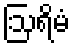
ဩရိမံ